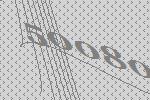
50080